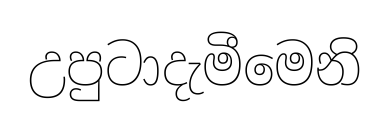
උපුටාදැමීමෙනි